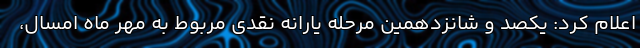
اعلام کرد: یکصد و شانزدهمین مرحله یارانه نقدی مربوط به مهر ماه امسال،